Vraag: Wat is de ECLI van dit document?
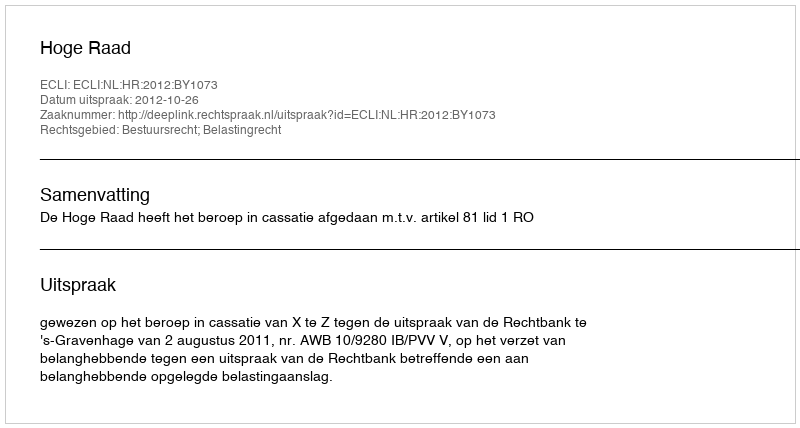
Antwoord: ECLI:NL:HR:2012:BY1073